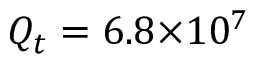
Q _ { t } = 6 . 8 { \times } 1 0 ^ { 7 }